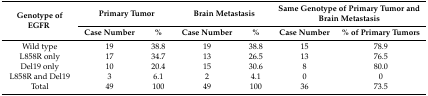
<table><thead><tr><td rowspan="2"><b>Genotype of EGFR</b></td><td colspan="2"><b>Primary Tumor</b></td><td colspan="2"><b>Brain Metastasis</b></td><td colspan="2"><b>Same Genotype of Primary Tumor and Brain Metastasis</b></td></tr><tr><td><b>Case Number</b></td><td><b>%</b></td><td><b>Case Number</b></td><td><b>%</b></td><td><b>Case Number</b></td><td><b>% of Primary Tumors</b></td></tr></thead><tbody><tr><td>Wild type</td><td>19</td><td>38.8</td><td>19</td><td>38.8</td><td>15</td><td>78.9</td></tr><tr><td>L858R only</td><td>17</td><td>34.7</td><td>13</td><td>26.5</td><td>13</td><td>76.5</td></tr><tr><td>Del19 only</td><td>10</td><td>20.4</td><td>15</td><td>30.6</td><td>8</td><td>80.0</td></tr><tr><td>L858R and Del19</td><td>3</td><td>6.1</td><td>2</td><td>4.1</td><td>0</td><td>0</td></tr><tr><td>Total</td><td>49</td><td>100</td><td>49</td><td>100</td><td>36</td><td>73.5</td></tr></tbody></table>